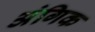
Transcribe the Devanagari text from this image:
अंगिक